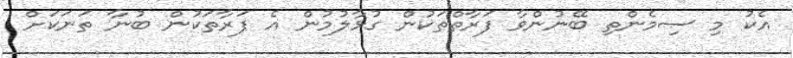
އެކު މި ސިމެންތި ބޭނުންވާ ފަރާތްތަކުން ގުޅާލުމުން އެ ފަރާތަކުން ބުނާ ތަނަކަށް